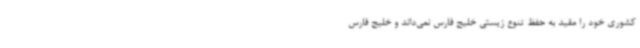
کشوری خود را مقید به حفظ تنوع زیستی خلیج فارس نمی‌داند و خلیج فارس